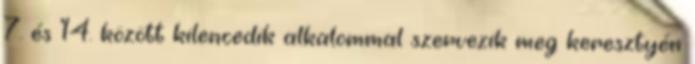
7. és 14. között kilencedik alkalommal szervezik meg keresztyén